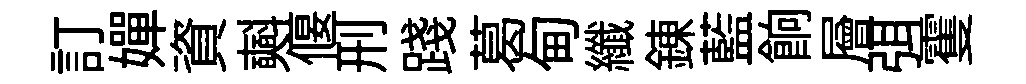
訂嬋資𣂏偃刑踐葛甸纖錬藍餉層弭䨥